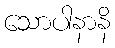
သောပါနာနိ